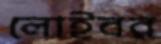
লোইবর